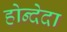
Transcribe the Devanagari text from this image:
होन्देदा